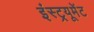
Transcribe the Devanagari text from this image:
इंस्ट्रयूमेंट